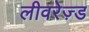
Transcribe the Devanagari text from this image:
लीवरेज़्ड